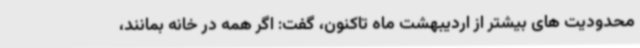
محدودیت های بیشتر از اردیبهشت ماه تاکنون، گفت: اگر همه در خانه بمانند،